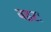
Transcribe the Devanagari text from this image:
बइरा